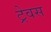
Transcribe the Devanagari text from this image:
ट्रेवस